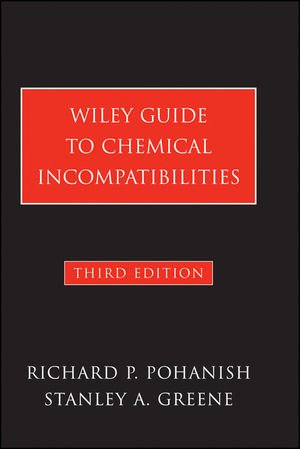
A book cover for Wiley Guide to Chemical Incompatibilities; Richard P. Pohanish; Science & Math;